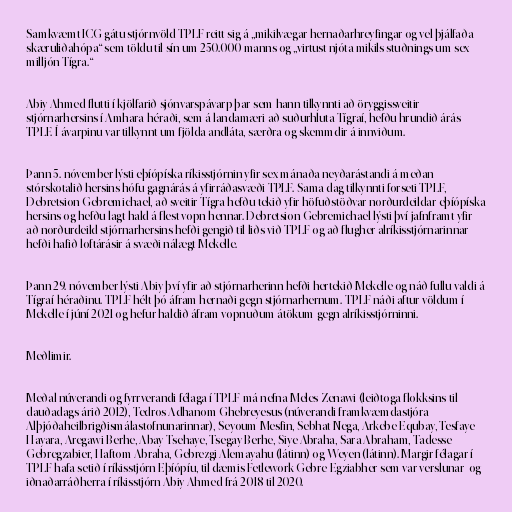
Samkvæmt ICG gátu stjórnvöld TPLF reitt sig á „mikilvægar hernaðarhreyfingar og vel þjálfaða
skæruliðahópa“ sem töldu til sín um 250.000 manns og „virtust njóta mikils stuðnings um sex
milljón Tígra.“

Abiy Ahmed flutti í kjölfarið sjónvarspávarp þar sem hann tilkynnti að öryggissveitir
stjórnarhersins í Amhara-héraði, sem á landamæri að suðurhluta Tígraí, hefðu hrundið árás
TPLF. Í ávarpinu var tilkynnt um fjölda andláta, særðra og skemmdir á innviðum.

Þann 5. nóvember lýsti eþíópíska ríkisstjórnin yfir sex mánaða neyðarástandi á meðan
stórskotalið hersins hófu gagnárás á yfirráðasvæði TPLF. Sama dag tilkynnti forseti TPLF,
Debretsion Gebremichael, að sveitir Tígra hefðu tekið yfir höfuðstöðvar norðurdeildar eþíópíska
hersins og hefðu lagt hald á flest vopn hennar. Debretsion Gebremichael lýsti því jafnframt yfir
að norðurdeild stjórnarhersins hefði gengið til liðs við TPLF og að flugher alríkisstjórnarinnar
hefði hafið loftárásir á svæði nálægt Mekelle.

Þann 29. nóvember lýsti Abiy því yfir að stjórnarherinn hefði hertekið Mekelle og náð fullu valdi á
Tígraí-héraðinu. TPLF hélt þó áfram hernaði gegn stjórnarhernum. TPLF náði aftur völdum í
Mekelle í júní 2021 og hefur haldið áfram vopnuðum átökum gegn alríkisstjórninni.

Meðlimir.

Meðal núverandi og fyrrverandi félaga í TPLF má nefna Meles Zenawi (leiðtoga flokksins til
dauðadags árið 2012), Tedros Adhanom Ghebreyesus (núverandi framkvæmdastjóra
Alþjóðaheilbrigðismálastofnunarinnar), Seyoum Mesfin, Sebhat Nega, Arkebe Equbay, Tesfaye
Hayara, Aregawi Berhe, Abay Tsehaye, Tsegay Berhe, Siye Abraha, Sara Abraham, Tadesse
Gebregzabier, Haftom Abraha, Gebrezgi Alemayahu (látinn) og Weyen (látinn). Margir félagar í
TPLF hafa setið í ríkisstjórn Eþíópíu, til dæmis Fetlework Gebre-Egziabher sem var verslunar- og
iðnaðarráðherra í ríkisstjórn Abiy Ahmed frá 2018 til 2020.